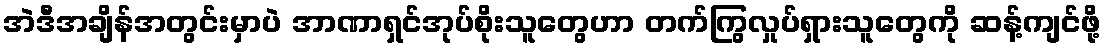
အဲဒီအချိန်အတွင်းမှာပဲ အာဏာရှင်အုပ်စိုးသူတွေဟာ တက်ကြွလှုပ်ရှားသူတွေကို ဆန့်ကျင်ဖို့